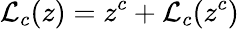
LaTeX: {\mathcal{L}}_{c}(z)=z^{c}+{\mathcal{L}}_{c}(z^{c})